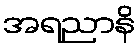
အရညာနိ